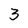
Character: 3